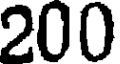
200